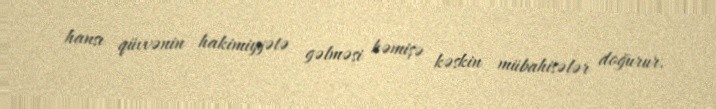
hansı qüvvənin hakimiyyətə gəlməsi həmişə kəskin mübahisələr doğurur.